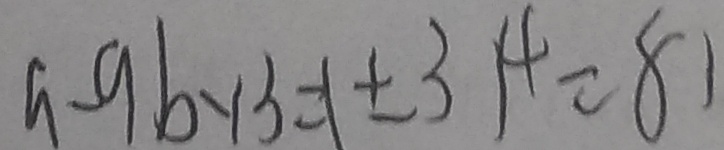
a - 9 b \times 3 = 1 \pm 3 1 4 = 8 1